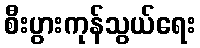
စီးပွားကုန်သွယ်ရေး